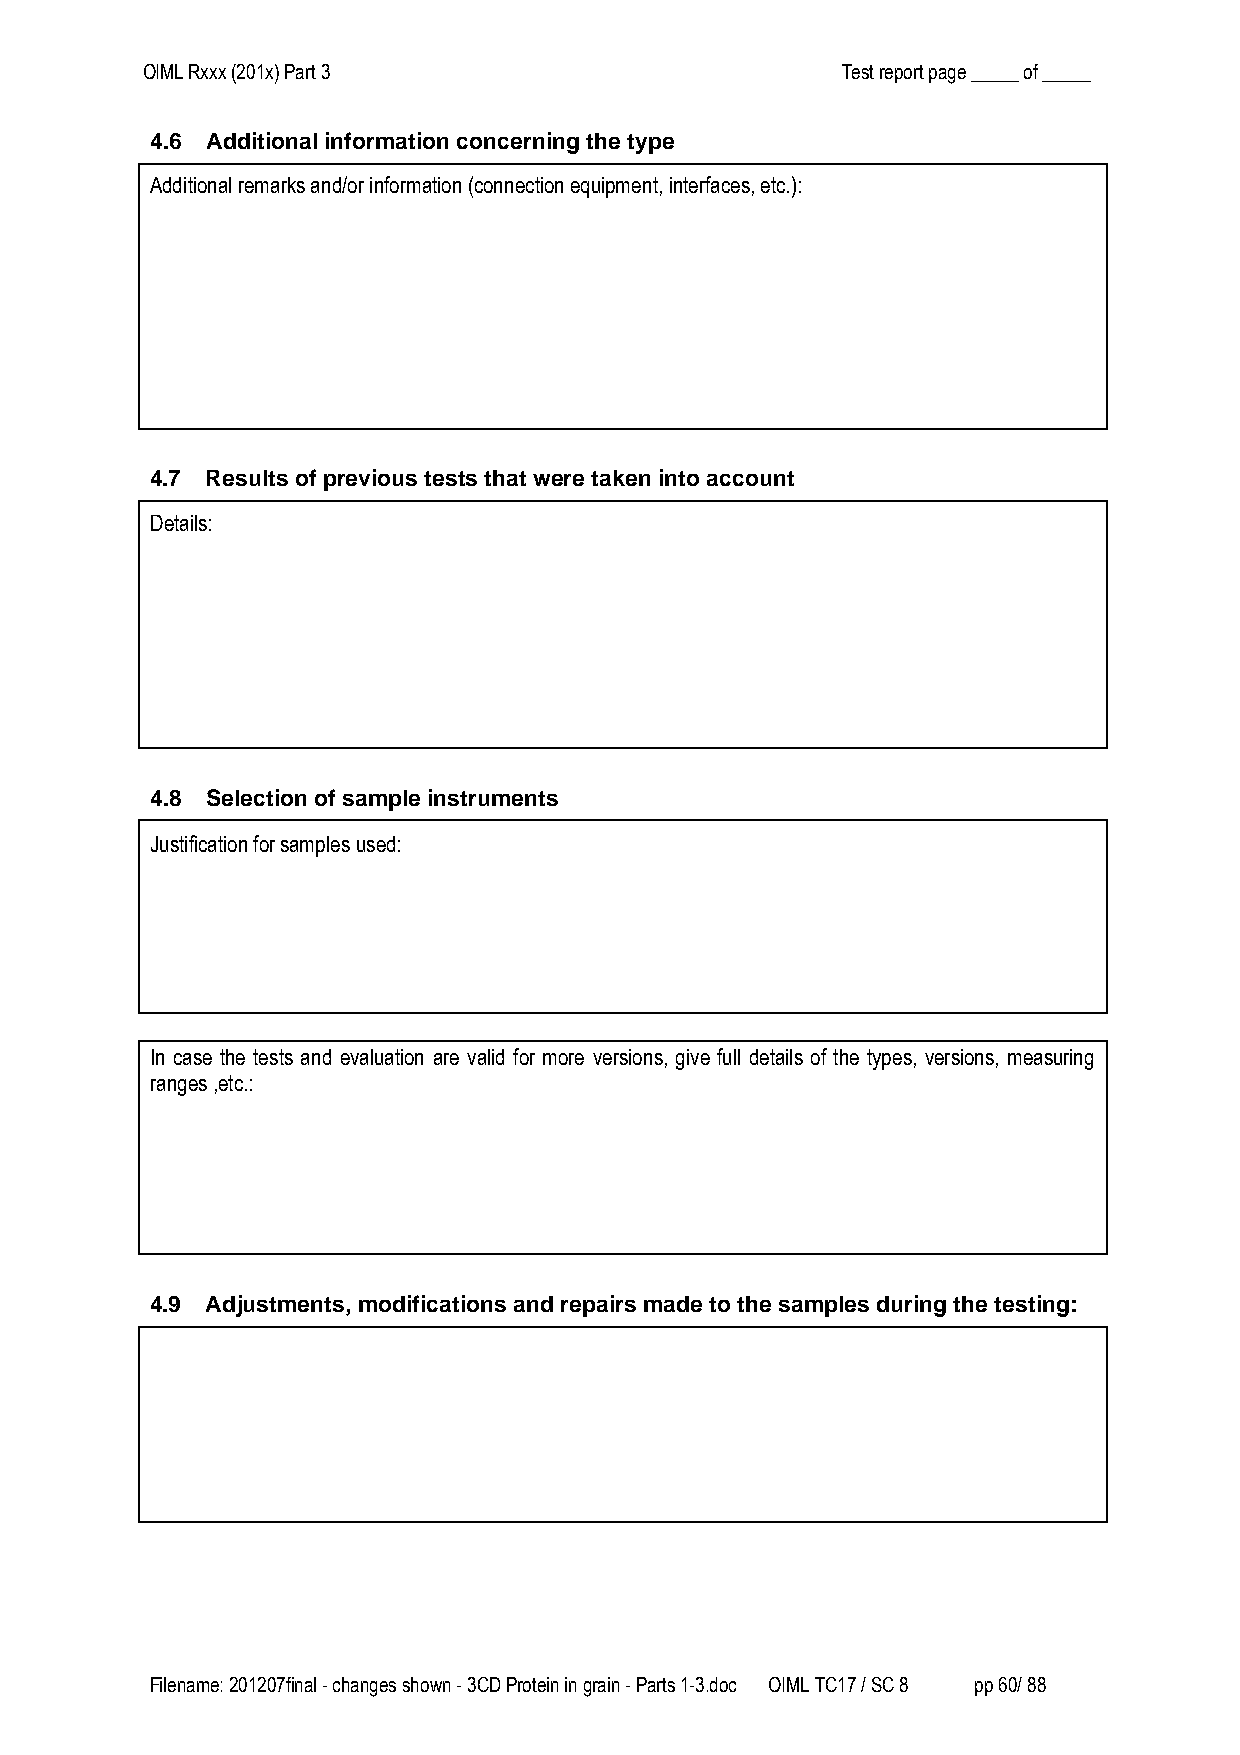
OIML Rxxx (201x) Part 3                        Test report page _____ of _____
 4.6 Additional information concerning the type
 Additional remarks and/or information (connection equipment, interfaces, etc.):
 4.7 Results of previous tests that were taken into account
 Details:
 4.8 Selection of sample instruments
 Justification for samples used:
 In case the tests and evaluation are valid for more versions, give full details of the types, versions, measuring
 ranges ,etc.:
 4.9 Adjustments, modifications and repairs made to the samples during the testing:
 Filename: 201207final - changes shown - 3CD Protein in grain - Parts 1-3.doc OIML TC17 / SC 8 pp 60/ 88